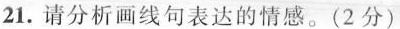
21.请分析画线句表达的情感。(2分)